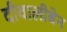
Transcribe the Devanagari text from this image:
दीवालीबेन